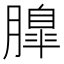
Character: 𦟞